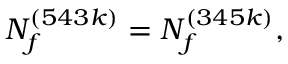
N _ { f } ^ { ( 5 4 3 k ) } = N _ { f } ^ { ( 3 4 5 k ) } ,